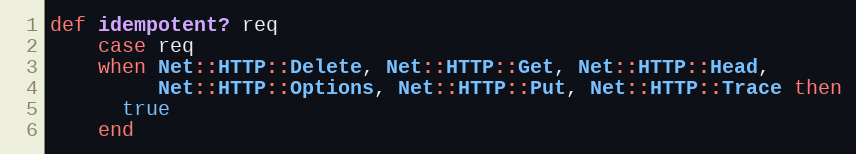
Language: Ruby
def idempotent? req
    case req
    when Net::HTTP::Delete, Net::HTTP::Get, Net::HTTP::Head,
         Net::HTTP::Options, Net::HTTP::Put, Net::HTTP::Trace then
      true
    end